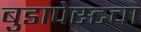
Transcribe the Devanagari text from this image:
बुडापेस्टचा